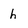
Character: h